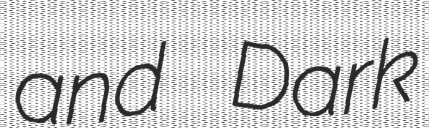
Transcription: and Dark